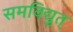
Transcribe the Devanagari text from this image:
समविद्युत्‌